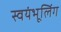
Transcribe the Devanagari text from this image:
स्वयंभूलिंग